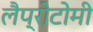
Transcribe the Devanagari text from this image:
लैप्रोटोमी